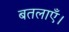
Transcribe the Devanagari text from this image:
बतलाएँ।